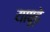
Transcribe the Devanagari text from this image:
यापूढे